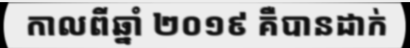
កាលពីឆ្នាំ ២០១៩ គឺបានដាក់